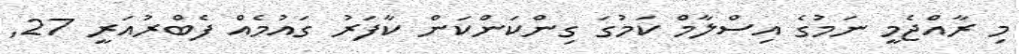
މި ރާއްޖެމީ ނަމުގެ އިސްލާމް ކަމުގަ ގިންކަންކަން ކާފަރު ގައުމެއް ފެބްރުއަރީ 27